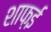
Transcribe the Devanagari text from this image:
शाफ़ई